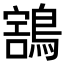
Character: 𪃜